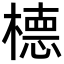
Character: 㯖